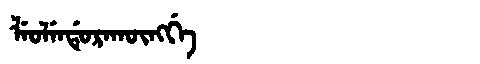
Manchu: ᠯᡝᠣᠯᡝᠨᡩᡠᡵᠠᡴᡡᠩᡤᡝ
Romanization: LEOLENDURAKŪNGGE